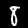
Label: 8